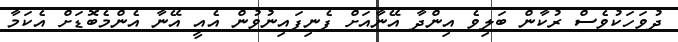
ދުވަހަކުވެސް ރުކާން ބަލިވެ އިންދާ އޭނާއަށް ފެނިފައިނުވުން އެއީ އޭނާ އެންމެބޮޑަށް އެކަމާ